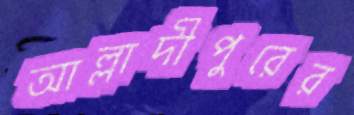
আল্লাদীপুরের